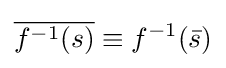
{\overline {f^{-1}(s)}}\equiv f^{-1}({\bar {s}})